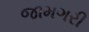
જામગરી